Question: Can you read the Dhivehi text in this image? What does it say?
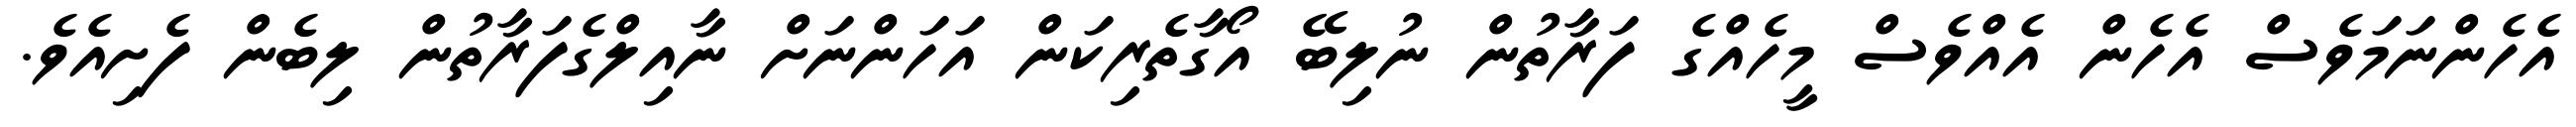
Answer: އެހެންނަމަވެސް އެހެން އެއްވެސް މީހެއްގެ ފަރާތުން ނުލިބޭ އޯގާތެރިކަން އަހަންނަށް ނާއިލްގެފަރާތުން ލިބެން ފެށިއެވެ.